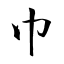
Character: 巾